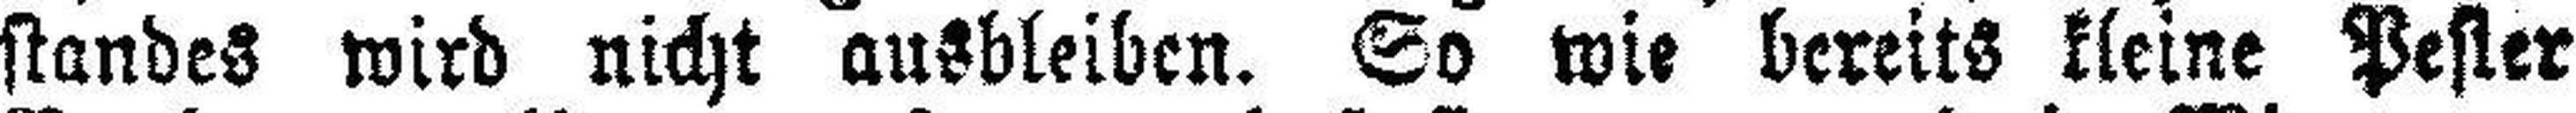
standes wird nicht ausbleiben. So wie bereits kleine Pester